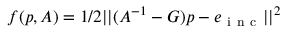
f ( p , A ) = 1 / 2 | | ( A ^ { - 1 } - G ) p - e _ { \mathrm { ~ i ~ n ~ c ~ } } | | ^ { 2 }